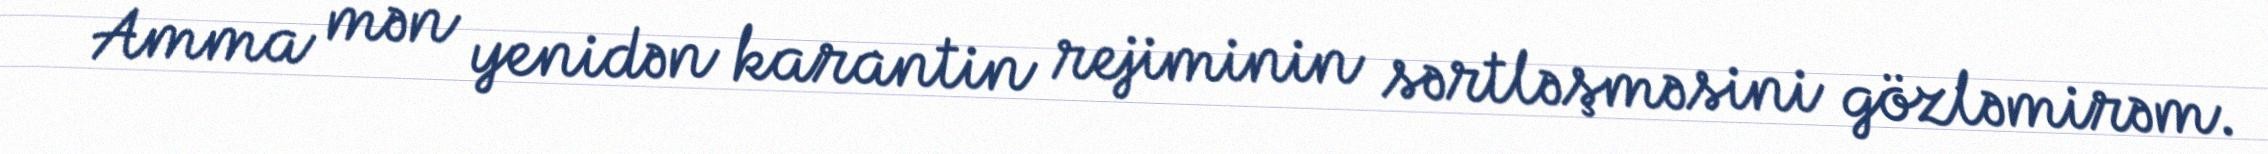
Amma mən yenidən karantin rejiminin sərtləşməsini gözləmirəm.